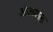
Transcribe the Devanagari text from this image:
आज्च्याला